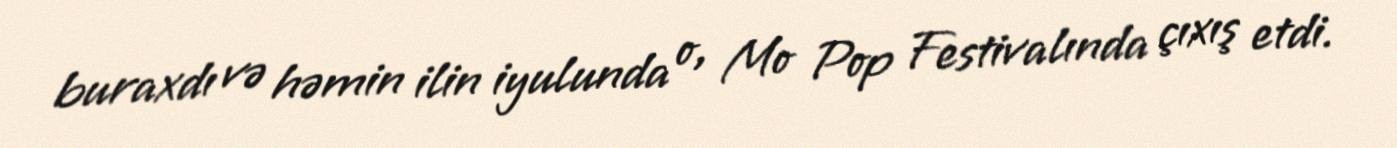
buraxdı və həmin ilin iyulunda o, Mo Pop Festivalında çıxış etdi.